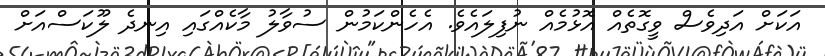
އަކަށް އަދިވެސް ވީގޮތެއް އޮޅުމެއް ނުފިލައެވެ. އެހެންކަމުން ސުވާލު މާކެއްގައި އިނދެ ލޫކަސްއަށް